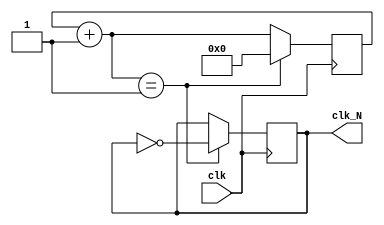
`timescale 1ns / 1ps
//////////////////////////////////////////////////////////////////////////////////
// Design Name: 
// Module Name: divider
//////////////////////////////////////////////////////////////////////////////////


module divider #(parameter N=4)(clk,clk_N);
    input clk;
    output reg clk_N;
    reg [31:0]counter;
    initial 
    begin
        counter=0;
    end
    always @(posedge clk)
    begin 
        counter=counter+1;
        if (counter==(N/2-1))
            begin
                clk_N=~clk_N;
                counter=0;
            end
        else 
            clk_N=clk_N;
    end
endmodule